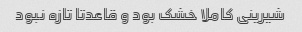
شیرینی کاملا خشک بود و قاعدتا تازه نبود